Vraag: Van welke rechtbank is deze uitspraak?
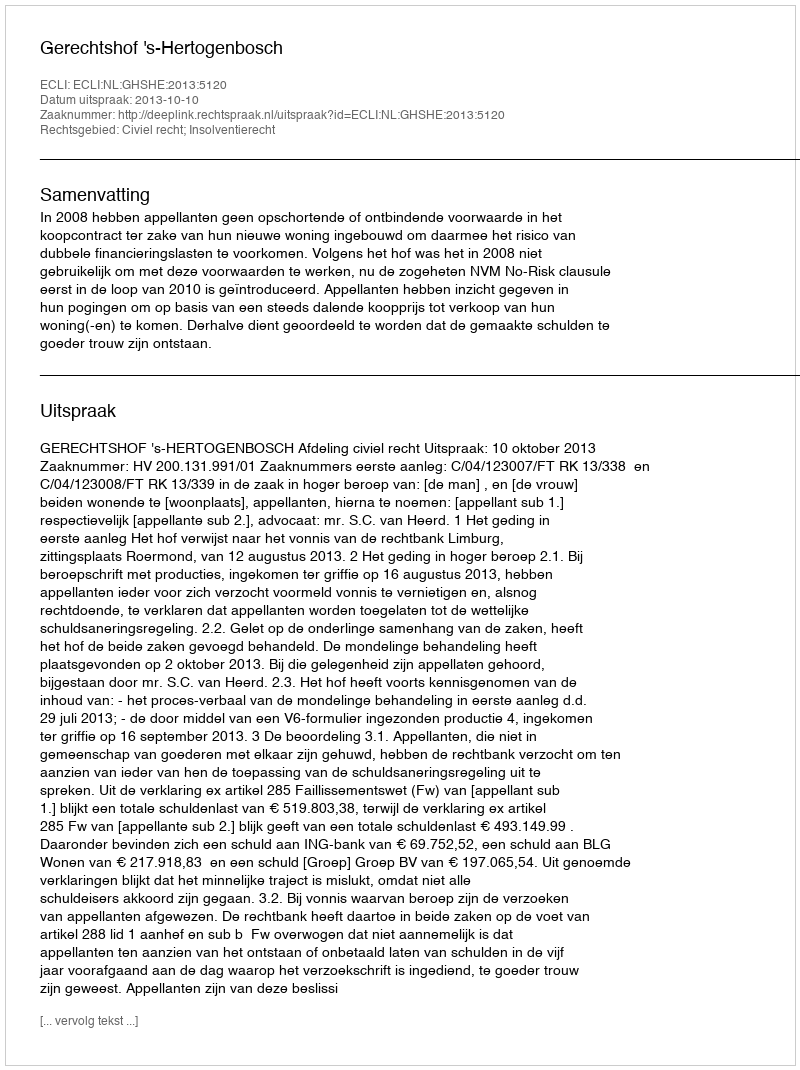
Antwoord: Gerechtshof 's-Hertogenbosch